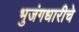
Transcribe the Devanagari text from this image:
भुजंगधारीचे